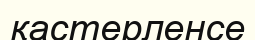
қастерленсе